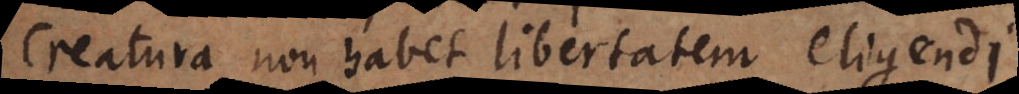
creatura non habet libertatem eligendi.